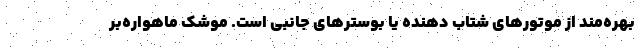
بهره‌مند از موتورهای شتاب دهنده یا بوسترهای جانبی است. موشک ماهواره‌بر